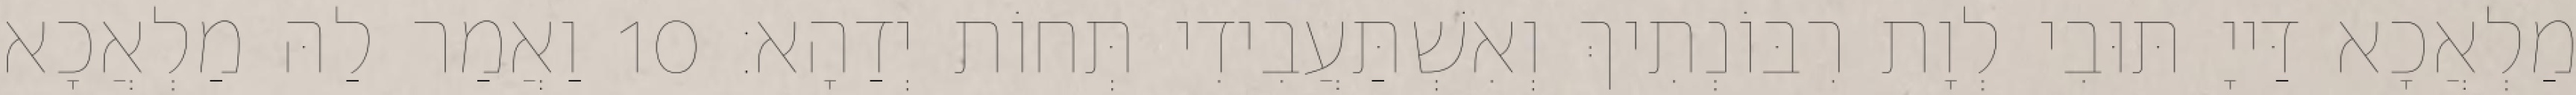
מַלְאֲכָא דַּייָ תּוּבִי לְוָת רִבּוֹנְתִיךְ וְאִשְׁתַּעֲבִידִי תְּחוֹת יְדַהָא׃ 10 וַאֲמַר לַהּ מַלְאֲכָא